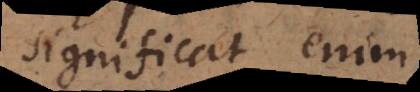
significat enim